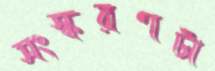
সংস্করণটা